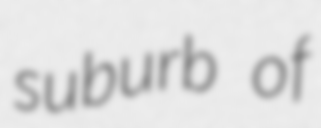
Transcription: suburb of